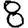
Digit: 8